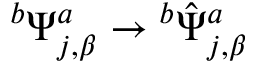
{ } ^ { b } \Psi _ { j , \beta } ^ { a } \rightarrow { } ^ { b } { \hat { \Psi } } _ { j , \beta } ^ { a }